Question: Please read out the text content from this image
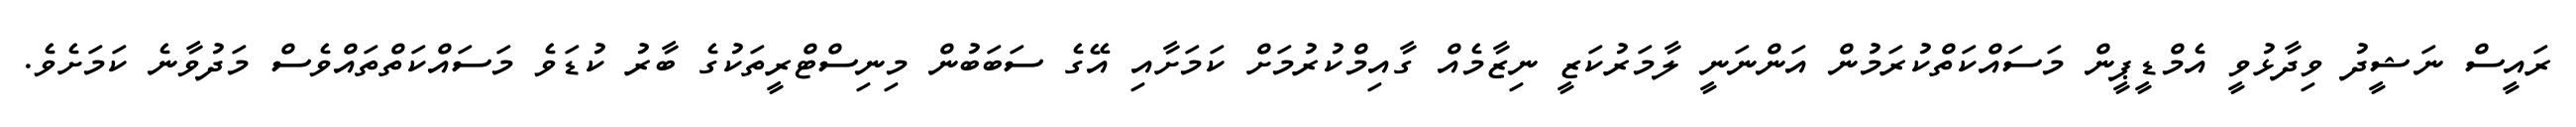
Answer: ރައީސް ނަޝީދު ވިދާޅުވީ އެމްޑީޕީން މަސައްކަތްކުރަމުން އަންނަނީ ލާމަރުކަޒީ ނިޒާމެއް ގާއިމްކުރުމަށް ކަމަށާއި އޭގެ ސަބަބުން މިނިސްޓްރީތަކުގެ ބާރު ކުޑަވެ މަސައްކަތްތައްވެސް މަދުވާނެ ކަމަށެވެ.